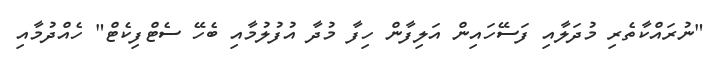
"ނުރައްކާތެރި މުދަލާއި ފަސޭހައިން އަލިފާން ހިފާ މުދާ އުފުލުމާއި ބެހޭ ސެޓްފިކެޓް" ހެއްދުމާއި